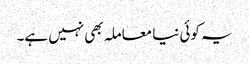
یہ کوئی نیا معاملہ بھی نہیں ہے۔